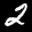
Label: 2